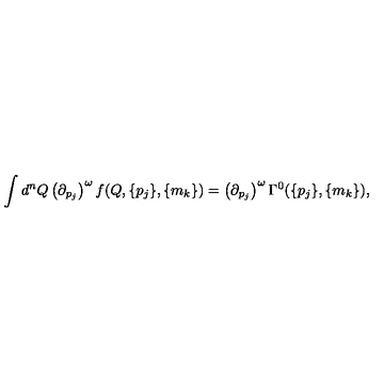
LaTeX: \int d ^ { n } Q \left( { \partial } _ { p _ { j } } \right) ^ { \omega } f ( Q , \{ p _ { j } \} , \{ m _ { k } \} ) = \left( { \partial } _ { p _ { j } } \right) ^ { \omega } \Gamma ^ { 0 } ( \{ p _ { j } \} , \{ m _ { k } \} ) ,